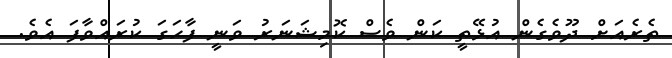
ތެރެއަށް ދޫވެގެން އުޅޭތީ ކަން ވެސް ކޮމިޝަނަރު ވަނީ ފާހަގަ ކުރައްވާފަ އެވެ.